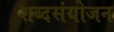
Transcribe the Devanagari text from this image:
शब्दसंयोजन